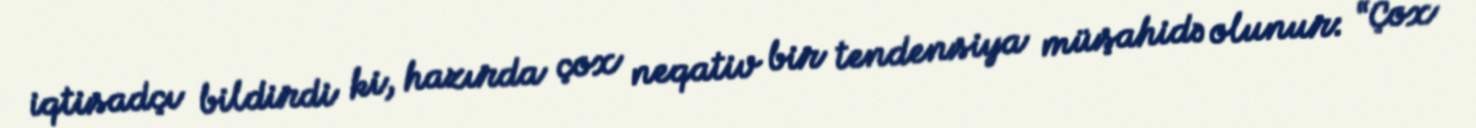
iqtisadçı bildirdi ki, hazırda çox neqativ bir tendensiya müşahidə olunur: “Çox